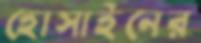
হোসাইনের